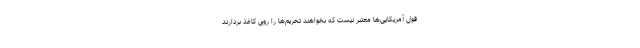
قول آمریکایی‌ها معتبر نیست که بخواهند تحریم‌ها را روی کاغذ بردارند